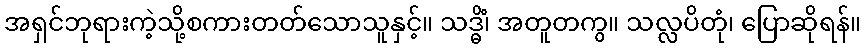
အရှင်ဘုရားကဲ့သို့စကားတတ်သောသူနှင့်။ သဒ္ဓိံ၊ အတူတကွ။ သလ္လပိတုံ၊ ပြောဆိုရန်။